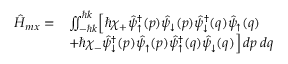
\begin{array} { r l } { \hat { H } _ { m x } = } & { \iint _ { - \hbar k } ^ { \hbar k } \Bigr [ \hbar \chi _ { + } \hat { \psi } _ { \uparrow } ^ { \dagger } ( p ) \hat { \psi } _ { \downarrow } ( p ) \hat { \psi } _ { \downarrow } ^ { \dagger } ( q ) \hat { \psi } _ { \uparrow } ( q ) } \\ & { + \hbar \chi _ { - } \hat { \psi } _ { \downarrow } ^ { \dagger } ( p ) \hat { \psi } _ { \uparrow } ( p ) \hat { \psi } _ { \uparrow } ^ { \dagger } ( q ) \hat { \psi } _ { \downarrow } ( q ) \Bigr ] \, d p \, d q } \end{array}